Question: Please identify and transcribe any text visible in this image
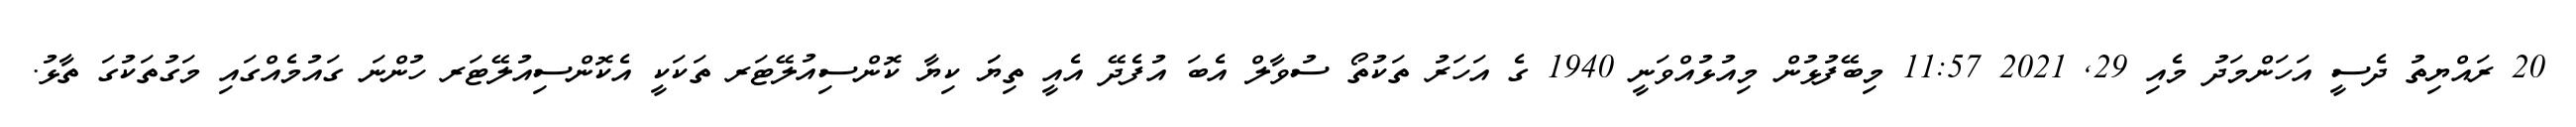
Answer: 20 ރައްޔިތު ދެސީ އަހަންމަދު މެއި 29, 2021 11:57 މިބޭފުޅުން މިއުޅުއްވަނީ 1940 ގެ އަހަރު ތަކުތޯ ސުވާލް އެބަ އުފެދޭ އެއީ ތިޔަަ ކިޔާ ކޮންސިއުލޭޓަރ ތަކަކީ އެކޮންސިއުލޭޓަރ ހުންނަ ގައުމެއްގައި މަގުތަކުގަ ތާޅު.